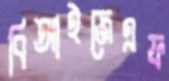
বিআইজেএফ